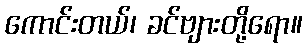
ကောင်းတယ်၊ ခင်ဗျားတို့ရော။